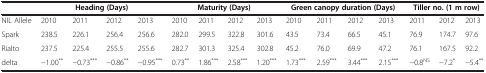
<table><thead><tr><td><b> </b></td><td colspan="4"><b>Heading (Days)</b></td><td colspan="4"><b>Maturity (Days)</b></td><td colspan="4"><b>Green canopy duration (Days)</b></td><td colspan="3"><b>Tiller no. (1 m row)</b></td></tr></thead><tbody><tr><td>NIL Allele</td><td>2010</td><td>2011</td><td>2012</td><td>2013</td><td>2010</td><td>2011</td><td>2012</td><td>2013</td><td>2010</td><td>2011</td><td>2012</td><td>2013</td><td>2011</td><td>2012</td><td>2013</td></tr><tr><td>Spark</td><td>238.5</td><td>226.1</td><td>256.4</td><td>256.6</td><td>282.0</td><td>299.5</td><td>322.8</td><td>301.6</td><td>43.5</td><td>73.4</td><td>66.5</td><td>45.1</td><td>76.9</td><td>174.7</td><td>97.6</td></tr><tr><td>Rialto</td><td>237.5</td><td>225.4</td><td>255.5</td><td>255.6</td><td>282.7</td><td>301.3</td><td>325.4</td><td>302.8</td><td>45.2</td><td>76.0</td><td>69.9</td><td>47.2</td><td>76.1</td><td>167.5</td><td>92.2</td></tr><tr><td>delta</td><td>−1.00<sup>**</sup></td><td>−0.73<sup>***</sup></td><td>−0.86<sup>**</sup></td><td>−0.95<sup>***</sup></td><td>0.73<sup>**</sup></td><td>1.86<sup>***</sup></td><td>2.58<sup>***</sup></td><td>1.20<sup>***</sup></td><td>1.73<sup>***</sup></td><td>2.59<sup>***</sup></td><td>3.44<sup>***</sup></td><td>2.15<sup>***</sup></td><td>−0.8<sup>NS</sup></td><td>−7.2<sup>*</sup></td><td>−5.4<sup>**</sup></td></tr></tbody></table>